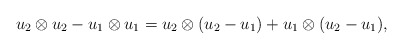
\begin{align*}u_2 \otimes u_2 - u_1 \otimes u_1= u_2 \otimes (u_2 - u_1) + u_1 \otimes (u_2 - u_1),\end{align*}